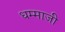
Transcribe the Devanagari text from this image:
धम्माजी